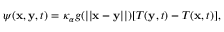
\begin{array} { r } { \psi ( \mathbf x , \mathbf y , t ) = \kappa _ { \alpha } g ( | | \mathbf x - \mathbf y | | ) [ T ( \mathbf y , t ) - T ( \mathbf x , t ) ] , } \end{array}